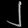
Digit: ၂